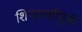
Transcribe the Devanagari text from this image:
शिफारशीमुळे